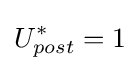
U_{post}^{*}=1